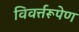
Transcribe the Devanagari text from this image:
विवर्त्तरूपेण